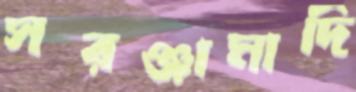
সরঞ্জামাদি